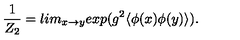
\frac { 1 } { Z _ { 2 } } = l i m _ { x \rightarrow y } e x p ( g ^ { 2 } \langle \phi ( x ) \phi ( y ) \rangle ) .